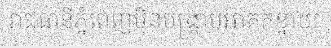
រាជធានីភ្នំពេញមិនបង្ក្រាបអាគកខ្នាយ